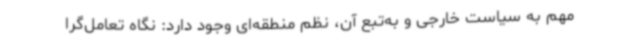
مهم به سیاست خارجی و به‌تبع آن، نظم منطقه‌ای وجود دارد: نگاه تعامل‌گرا